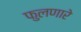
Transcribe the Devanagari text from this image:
फुलणारे